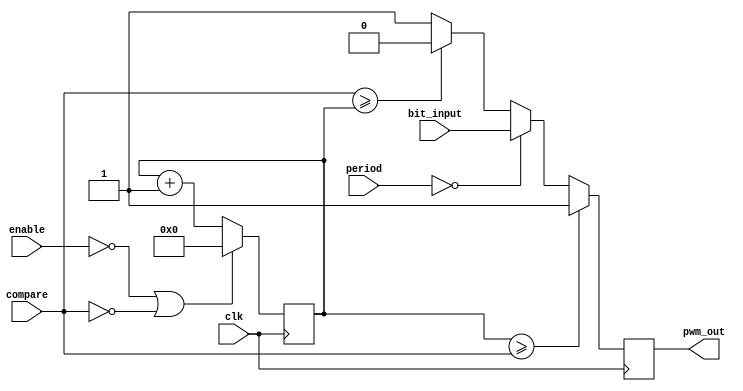
module cheap_pwm (
	output  reg pwm_out,
	input   bit_input,
	input   clk,
	input  [3:0] compare,
	input   enable,
	input  [3:0] period
);

//`#start body` -- edit after this line, do not edit this line

    reg   [4:0] period_counter;
    reg   [6:0] up_time;
    reg   [6:0] down_time;
    reg   [7:0] all_time;
       always@(posedge clk) 
       begin
            if(enable == 1'b0 | compare == 4'b0)
                period_counter <= 4'b0;
            else
                period_counter <= period_counter + 1'b1;
        end
         always@(posedge clk)        
         begin
            if(bit_input ==1'b1)
            up_time <= up_time + 1'b1;
            else
            down_time <= down_time + 1'b1;
        all_time = (up_time + down_time);
        end
            
        wire pwm;        
        assign pwm = (period_counter >= compare) ? 1'b1 :(period == 4'b0 ) ? bit_input 
            :((compare >= period_counter)) ? 1'b0 : 1'b1;
// synchronuous pwm output to ...
        always@(posedge clk)
            pwm_out <= pwm;
//        Your code goes here

//`#end` -- edit above this line, do not edit this line
endmodule